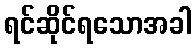
ရင်ဆိုင်ရသောအခါ